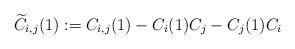
LaTeX: \begin{align*} \widetilde{C}_{i,j}(1) := C_{i,j}(1) - C_i(1)C_j - C_j(1)C_i\end{align*}